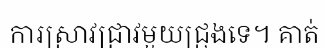
ការស្រាវជ្រាវមួយជ្រុងទេ។ គាត់